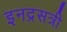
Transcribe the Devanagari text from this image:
इनद्रसत्री